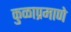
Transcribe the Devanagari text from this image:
कुळाप्रमाणे